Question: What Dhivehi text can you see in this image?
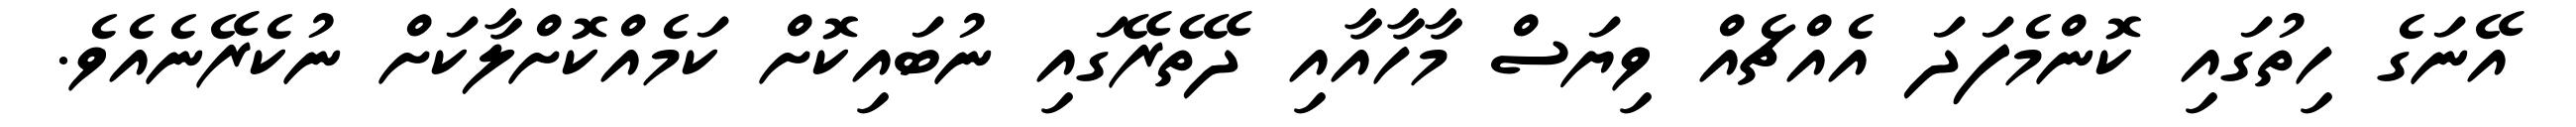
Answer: އޭނަގެ ހިތުގައި ކޮންމެފަދަ އެއްޗެއް ވިޔަސް މާހާއާއި ދޭތެރޭގައި ނުބައިކޮށް ކަމެއްކޮށްލާކަށް ނުކެރޭނެއެވެ.